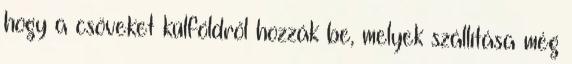
hogy a csöveket külföldről hozzák be, melyek szállítása még